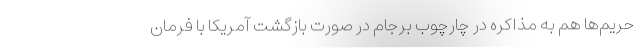
حریم‌ها هم به مذاکره در چارچوب برجام در صورت بازگشت آمریکا با فرمان